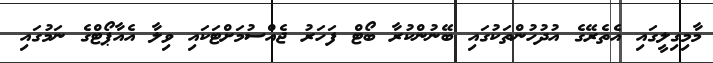
މާމިގިލީގައި އެތެރޭގެ އުދުހުންތަކުގައި ބޭނުންކުރާ ބޯޓް ފަހަރު ޖެއްސުމަށްޓަކައި ވިލާ އެއާޕޯޓްގެ ނަމުގައި